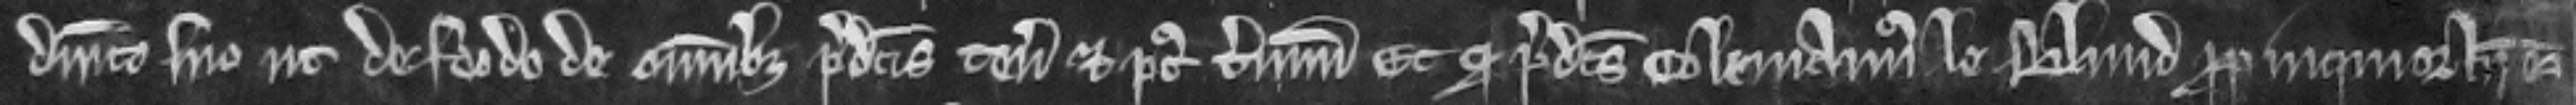
dominico suo ut de feodo de omnibus predictis tenementis et post terminum et quod predictus Colemannus le Blund propinquior heres